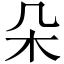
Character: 朵